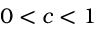
0 < c < 1